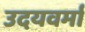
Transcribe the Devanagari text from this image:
उदयवर्मा